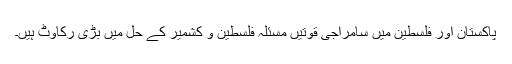
پاکستان اور فلسطین میں سامراجی قوتیں مسئلہ فلسطین و کشمیر کے حل میں بڑی رکاوٹ ہیں۔